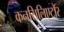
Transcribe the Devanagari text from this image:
कनसिलिएटोर